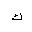
Letter: _kaf